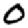
Digit: 0